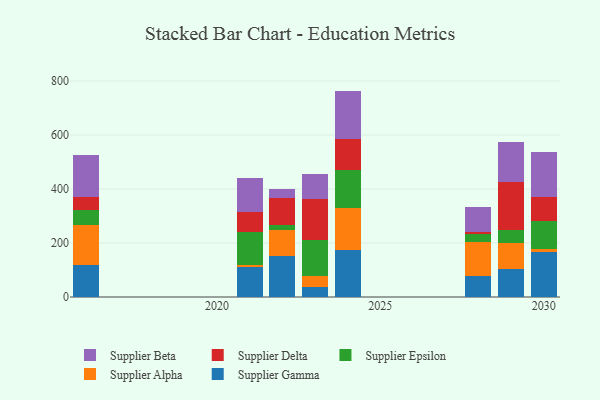
{"axis": {"x": "Year", "y": "Population (Million)"}, "legend": ["Supplier Alpha", "Supplier Beta", "Supplier Delta", "Supplier Epsilon", "Supplier Gamma"], "data": [{"x": "2016", "y": 119.2, "type": "Supplier Gamma"}, {"x": "2016", "y": 146.3, "type": "Supplier Alpha"}, {"x": "2016", "y": 57.8, "type": "Supplier Epsilon"}, {"x": "2016", "y": 46.0, "type": "Supplier Delta"}, {"x": "2016", "y": 155.6, "type": "Supplier Beta"}, {"x": "2030", "y": 167.6, "type": "Supplier Gamma"}, {"x": "2030", "y": 10.5, "type": "Supplier Alpha"}, {"x": "2030", "y": 104.1, "type": "Supplier Epsilon"}, {"x": "2030", "y": 87.2, "type": "Supplier Delta"}, {"x": "2030", "y": 167.2, "type": "Supplier Beta"}, {"x": "2023", "y": 36.3, "type": "Supplier Gamma"}, {"x": "2023", "y": 39.8, "type": "Supplier Alpha"}, {"x": "2023", "y": 134.1, "type": "Supplier Epsilon"}, {"x": "2023", "y": 154.1, "type": "Supplier Delta"}, {"x": "2023", "y": 92.1, "type": "Supplier Beta"}, {"x": "2022", "y": 153.2, "type": "Supplier Gamma"}, {"x": "2022", "y": 94.2, "type": "Supplier Alpha"}, {"x": "2022", "y": 17.7, "type": "Supplier Epsilon"}, {"x": "2022", "y": 102.4, "type": "Supplier Delta"}, {"x": "2022", "y": 33.4, "type": "Supplier Beta"}, {"x": "2024", "y": 175.0, "type": "Supplier Gamma"}, {"x": "2024", "y": 154.5, "type": "Supplier Alpha"}, {"x": "2024", "y": 142.7, "type": "Supplier Epsilon"}, {"x": "2024", "y": 112.5, "type": "Supplier Delta"}, {"x": "2024", "y": 178.9, "type": "Supplier Beta"}, {"x": "2029", "y": 103.8, "type": "Supplier Gamma"}, {"x": "2029", "y": 95.5, "type": "Supplier Alpha"}, {"x": "2029", "y": 48.1, "type": "Supplier Epsilon"}, {"x": "2029", "y": 178.6, "type": "Supplier Delta"}, {"x": "2029", "y": 148.5, "type": "Supplier Beta"}, {"x": "2028", "y": 79.4, "type": "Supplier Gamma"}, {"x": "2028", "y": 124.6, "type": "Supplier Alpha"}, {"x": "2028", "y": 28.4, "type": "Supplier Epsilon"}, {"x": "2028", "y": 10.0, "type": "Supplier Delta"}, {"x": "2028", "y": 91.3, "type": "Supplier Beta"}, {"x": "2021", "y": 112.0, "type": "Supplier Gamma"}, {"x": "2021", "y": 5.1, "type": "Supplier Alpha"}, {"x": "2021", "y": 122.4, "type": "Supplier Epsilon"}, {"x": "2021", "y": 75.7, "type": "Supplier Delta"}, {"x": "2021", "y": 123.8, "type": "Supplier Beta"}]}